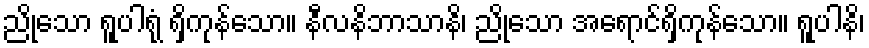
ညိုသော ရူပါရုံ ရှိကုန်သော။ နီလနိဘာသာနိ၊ ညိုသော အရောင်ရှိကုန်သော။ ရူပါနိ၊